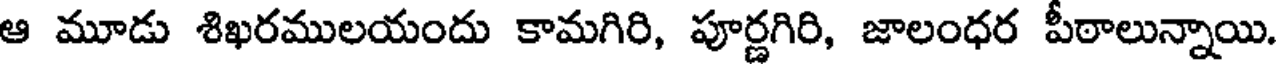
ఆ మూడు శిఖరములయందు కామగిరి, పూర్ణగిరి, జాలంధర పీఠాలున్నాయి.